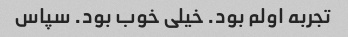
تجربه اولم بود. خیلی خوب بود. سپاس